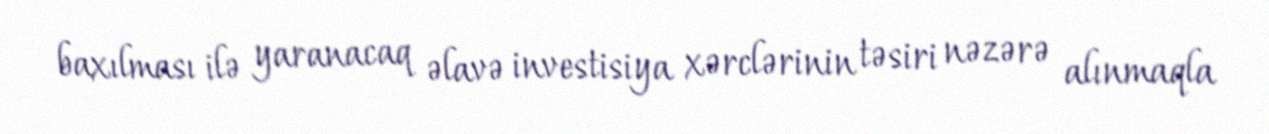
baxılması ilə yaranacaq əlavə investisiya xərclərinin təsiri nəzərə alınmaqla